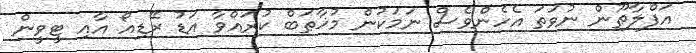
އަފްލާޠޫން ނުވަތަ އެހެންވެސް ނަމަކުން މުޚާޠަބް ކުރައްވާ އަޑު ރޭޑިއޯ އާއި ޓީވީން